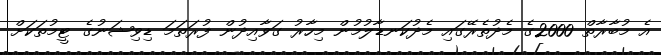
އެ މުބާރާތް 2000ގެ މެދުތެރޭގައި މެދުކަނޑާލުމުން މިހާރު ގަވާއިދުން ފުރަތަމަ ޑިވިޝަނުގެ ޓީމުތަކަށް